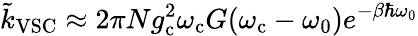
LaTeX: \tilde{k}_{\mathrm{VSC}}\approx 2\pi{Ng_{\mathrm{c}}^{2}\omega_{\mathrm{c}}}G(\omega_{\mathrm{c}}-\omega_{0})e^{-\beta\hbar\omega_{0}}